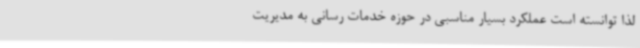
لذا توانسته است عملکرد بسیار مناسبی در حوزه خدمات رسانی به مدیریت